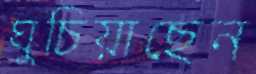
ঘুচিয়াছেন